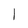
Character: 1